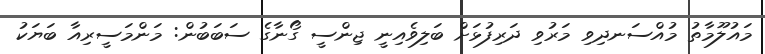
މައުލޫމާތު މުއްސަނދިވި މަރުވި ދަރިފުޅަށް ބަލިވެއިނީ ޖިންސީ ގޯނާގެ ސަބަބުން: މަންމަސީރިއާ ބަޔަކު